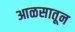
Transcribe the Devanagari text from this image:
आळसातून